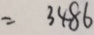
= 3 4 8 6